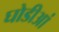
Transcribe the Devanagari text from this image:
घोडीआं